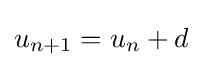
u_{n+1}=u_{n}+d